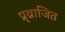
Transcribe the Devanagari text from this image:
प्र्व्राजित